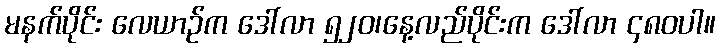
မနက်ပိုင်း လေယာဉ်က ဒေါ်လာ ၅၂၀၊နေ့လည်ပိုင်းက ဒေါ်လာ ၄၈၀ပါ။